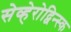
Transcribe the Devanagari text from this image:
सेव्हेरोद्विन्स्क